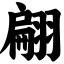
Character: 翩